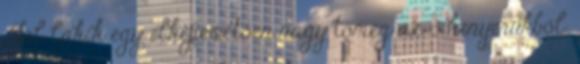
Jól lakik egy elképesztően nagy tömeg az ő kenyerükből.